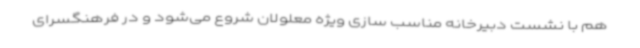
هم با نشست دبیرخانه مناسب سازی ویژه معلولان شروع می‌شود و در فرهنگسرای